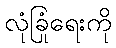
လုံခြုံရေးကို